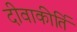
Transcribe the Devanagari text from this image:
दीवाकीर्ति